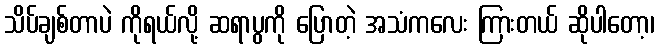
သိပ်ချစ်တာပဲ ကိုရယ်လို့ ဆရာပွကို ပြောတဲ့ အသံကလေး ကြားတယ် ဆိုပါတော့၊